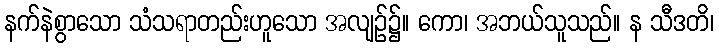
နက်နဲစွာသော သံသရာတည်းဟူသော အလျဉ်၌။ ကော၊ အဘယ်သူသည်။ န သီဒတိ၊